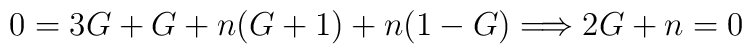
0=3G+G+n(G+1)+n(1-G)\Longrightarrow2G+n=0